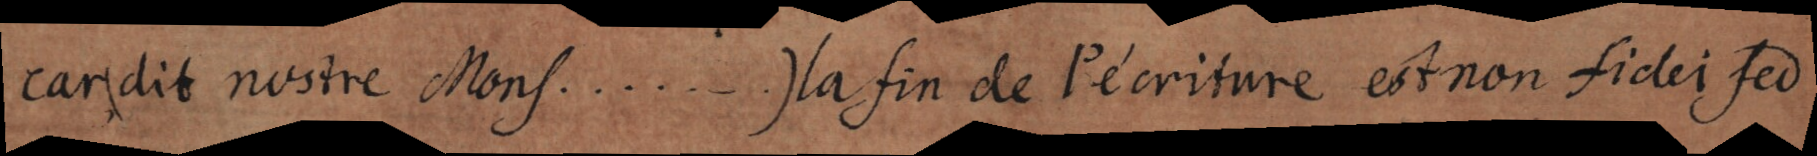
car (dit nostre Mons. . . . . . .) la fin de l’ecriture est non fidei sed